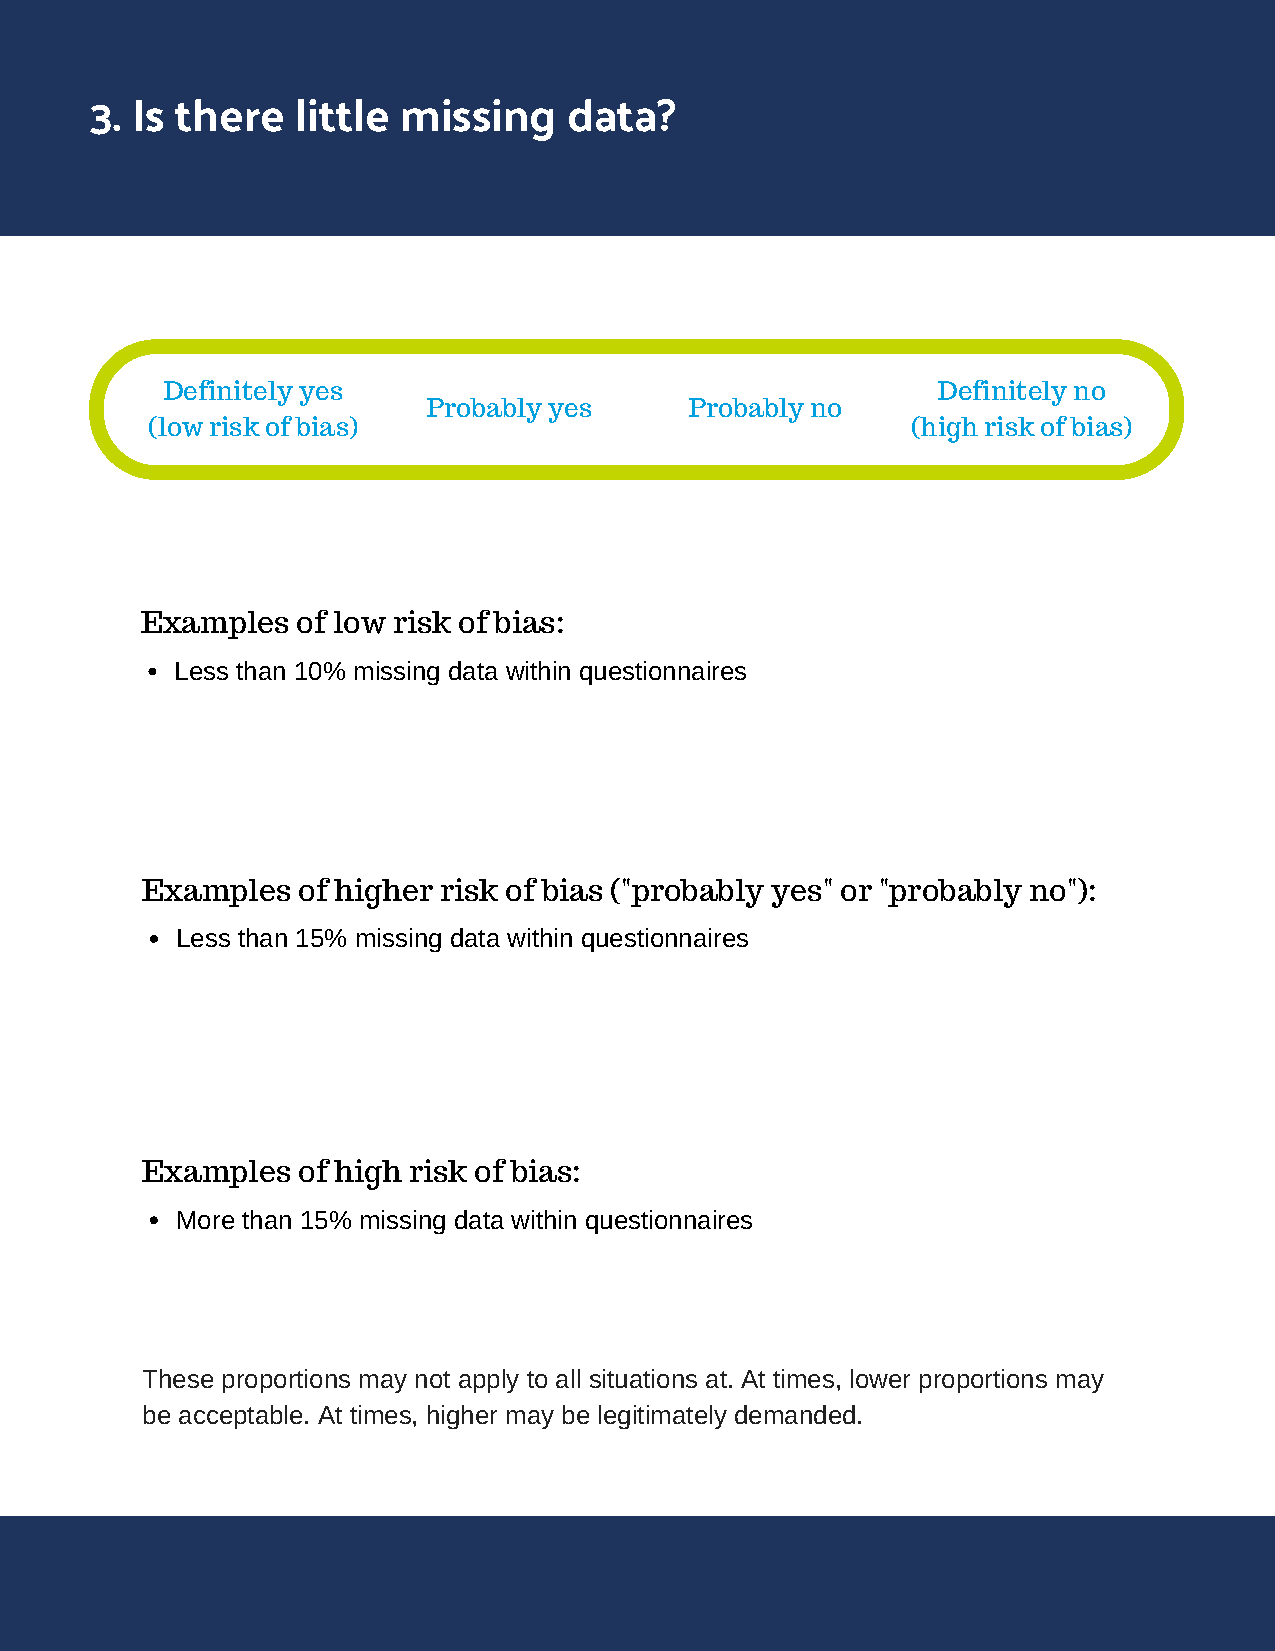
3. Is there   little missing    data?
 Definitely yes                                     Definitely no
 Probably yes      Probably no
 (low risk of bias)                                (high risk of bias)
 Examples   of low risk of bias:
 Less than 10% missing data within questionnaires
 Examples   of higher risk of bias ("probably yes" or "probably no"):
 Less than 15% missing data within questionnaires
 Examples   of high risk of bias:
 More than 15% missing data within questionnaires
 These proportions may not apply to all situations at. At times, lower proportions may
 be acceptable. At times, higher may be legitimately demanded.